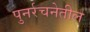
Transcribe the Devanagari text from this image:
पुनर्रचनेतील